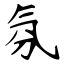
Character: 氛